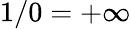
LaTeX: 1/0=+\infty